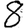
Digit: 8